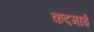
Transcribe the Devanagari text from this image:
कदमाई